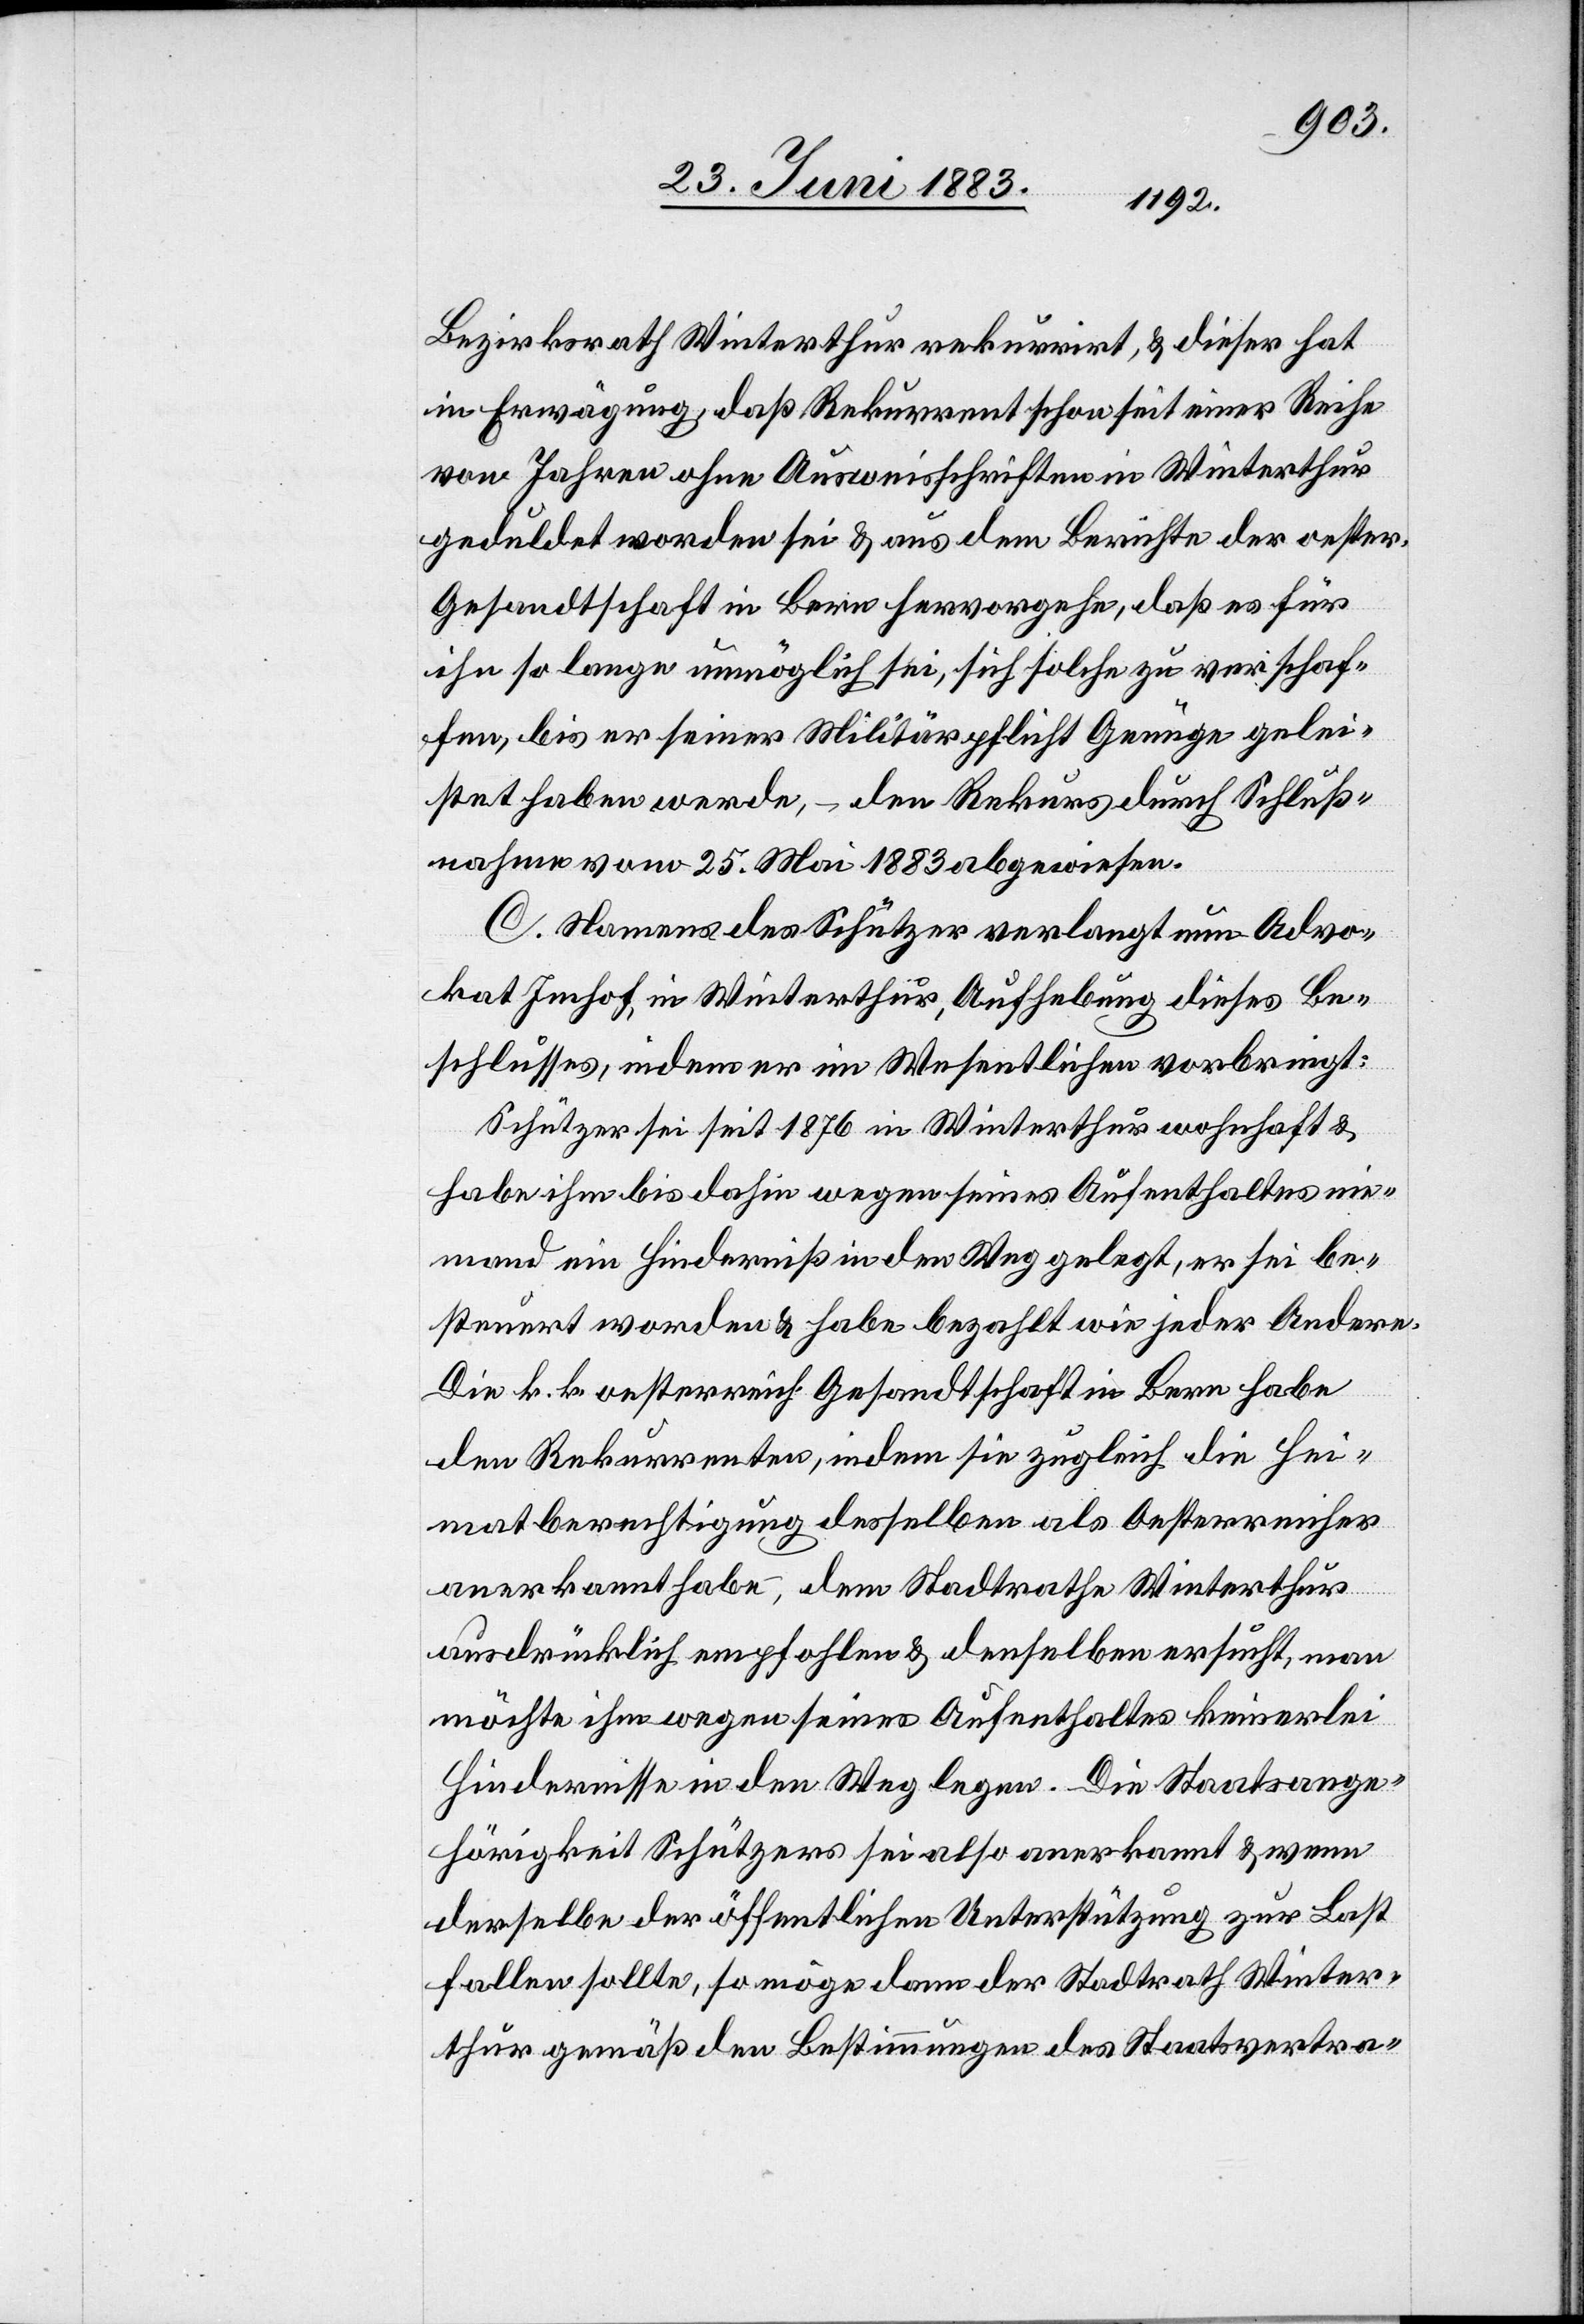
Bezirksrath Winterthur rekurrirt, & dieser hat
in Erwägung, daß Rekurrent schon seit einer Reihe
von Jahren ohne Ausweisschriften in Winterthur
geduldet worden sei & aus dem Berichte der oester.
Gesandtschaft in Bern hervorgehe, daß es für
ihn so lange unmöglich sei, sich solche zu verschaf¬
fen, bis er seiner Militärpflicht Genüge gelei¬
stet haben werde, – den Rekurs durch Schluß¬
nahme vom 25. Mai 1883 abgewiesen.
C. Namens des Schützer verlangt nun Advo¬
kat Imhof, in Winterthur, Aufhebung dieses Be¬
schlusses, indem er im Wesentlichen vorbringt:
Schützer sei seit 1876 in Winterthur wohnhaft &
habe ihm bis dahin wegen seines Aufenthaltes nie¬
mand ein Hinderniß in den Weg gelegt, er sei be¬
steuert worden & habe bezahlt wie jeder andere.
Die k. k. oesterreich. Gesandtschaft in Bern habe
den Rekurrenten, indem sie zugleich die Hei¬
matberechtigung desselben als Oesterreicher
anerkannt habe –, dem Stadtrathe Winterthur
ausdrücklich empfohlen & denselben ersucht, man
möchte ihm wegen seines Aufenthaltes keinerlei
Hindernisse in den Weg legen. Die Staatsange¬
hörigkeit Schützers sei also anerkannt & wenn
derselbe der öffentlichen Unterstützung zur Last
fallen sollte, so möge dann der Stadtrath Winter¬
thur gemäß den Bestimmungen des Staatsvertra-